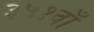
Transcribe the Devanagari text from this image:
३५१वाँ